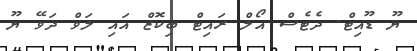
ޔޫ ޑޫއިޓް. ދެޓެސް އޯލް ރައިޓް ބިކޮޒް އައި ލަވް ދަވޭ ޔޫ